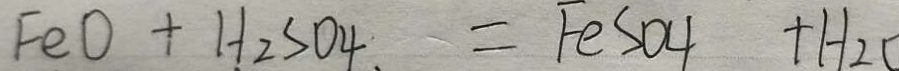
F e O + H _ { 2 } S O 4 . = F e S O 4 + H _ { 2 } O